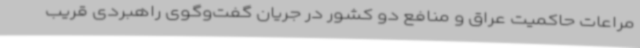
مراعات حاکمیت عراق و منافع دو کشور در جریان گفت‌وگوی راهبردی قریب